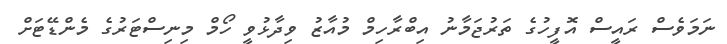
ނަމަވެސް ރައީސް އޮފީހުގެ ތަރުޖަމާނު އިބްރާހިމް މުއާޒު ވިދާޅުވީ ހޯމް މިނިސްޓަރުގެ މެންޑޭޓަށް